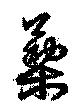
蔾